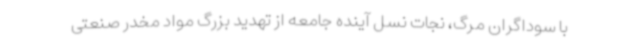
با سوداگران مرگ، نجات نسل آینده جامعه از تهدید بزرگ مواد مخدر صنعتی